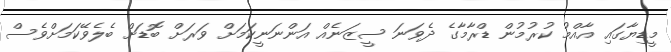
މީޑިޔާގައި އާއްމު ކުރުމުން ޑްރާމާގެ ދެވަނަ ސީޒަނެއް އަންނަނީކަމަށް ވަރަށް ބޮޑަށް ބެލެވޭކަމަށްވެސް